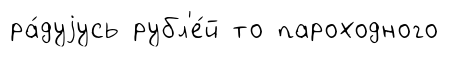
ра́дуjусь рубл'е́й то пароходного